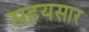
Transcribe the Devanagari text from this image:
सहयसार